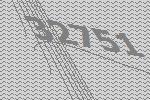
32751